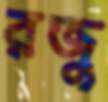
রজু